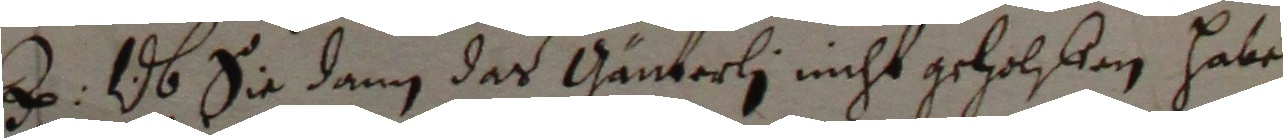
B. ob sie dann das gänterli nicht geholffen habe